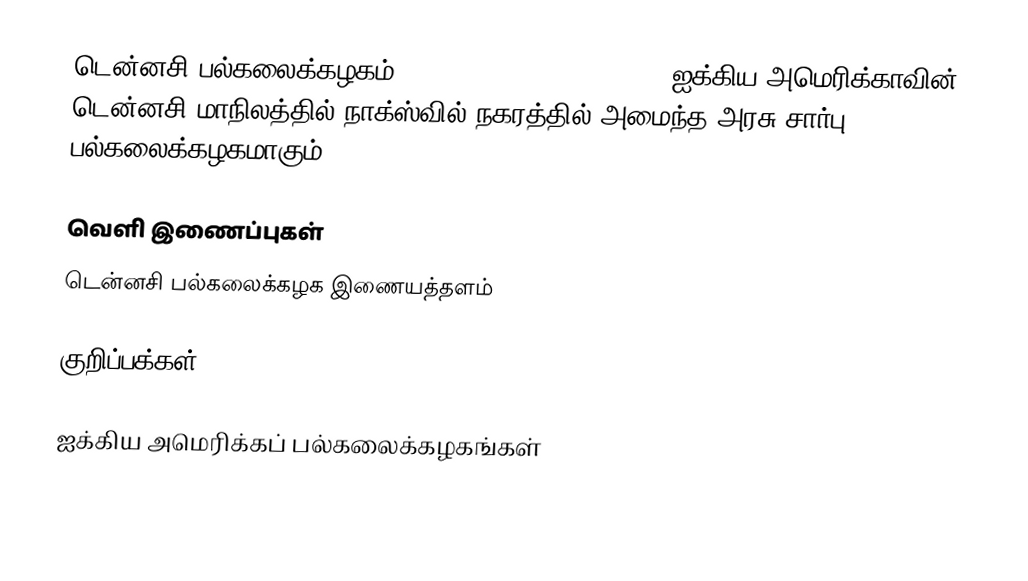
டென்னசி பல்கலைக்கழகம் (University of Tennessee), ஐக்கிய அமெரிக்காவின் டென்னசி மாநிலத்தில் நாக்ஸ்வில் நகரத்தில் அமைந்த அரசு சார்பு பல்கலைக்கழகமாகும்.

வெளி இணைப்புகள்
டென்னசி பல்கலைக்கழக இணையத்தளம்

குறிப்பக்கள்

ஐக்கிய அமெரிக்கப் பல்கலைக்கழகங்கள்